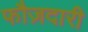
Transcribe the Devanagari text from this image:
फौज़दारी